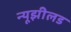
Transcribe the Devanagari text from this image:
न्यूझीलड